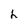
Character: h